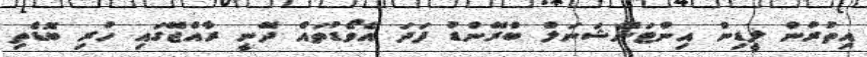
އިތުރުން ލީޑިން އިންޓަނޭޝަނަލް ބްރޭންޑު ފަދަ އެވޯޑުތައް ދޭނީ ރާއްޖޭގައި ހުރި ބޮޑެތި